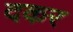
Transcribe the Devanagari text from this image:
दकर